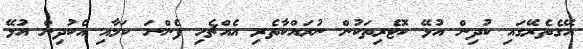
އޭގެތެރޭގައި ކުދިން އުޅޭ ކޮޓެރިތަކުން ނުރައްކާތެރި އެއްޗެހި ފެންނަ ކަމާއި އެކުދިން އުޅޭ